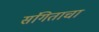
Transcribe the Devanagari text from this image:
संगिताचा